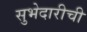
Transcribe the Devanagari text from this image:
सुभेदारीची